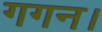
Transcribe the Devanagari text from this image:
गगन।